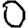
Digit: 0